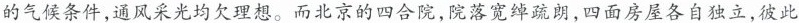
的气候条件，通风采光均欠理想。而北京的四合院，院落宽绰疏朗，四面房屋各自独立，彼此